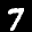
Label: 7